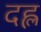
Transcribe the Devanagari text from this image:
दह्ल